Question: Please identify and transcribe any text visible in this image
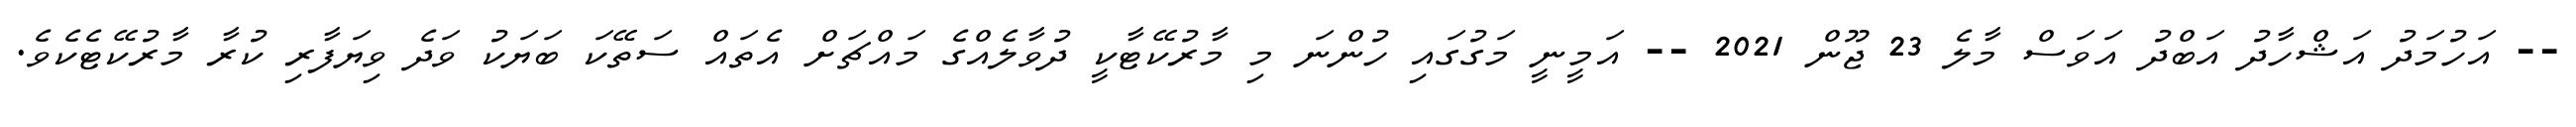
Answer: -- އަހުމަދު އަޝްހާދު އަބްދު އަވަސް މާލެ 23 ޖޫން 2021 -- އަމީނީ މަގުގައި ހުންނަ މި މާރުކޭޓާކީ ދުވާލެއްގެ މައްޗަށް އެތައް ސަތޭކަ ބަޔަކު ވަދެ ވިޔަފާރި ކުރާ މާރުކޭޓެކެވެ.